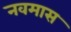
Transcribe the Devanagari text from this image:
नवमास